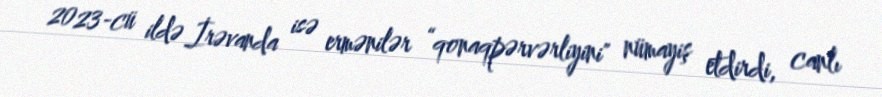
2023-cü ildə İrəvanda isə ermənilər “qonaqpərvərliyini" nümayiş etdirdi, canlı